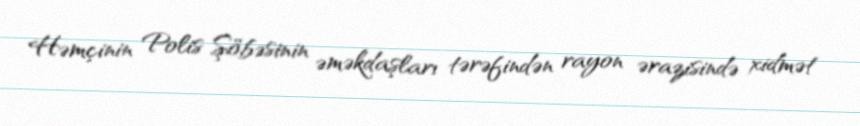
Həmçinin Polis Şöbəsinin əməkdaşları tərəfindən rayon ərazisində xidmət